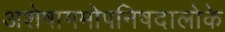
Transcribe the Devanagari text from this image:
अशेषागमोपनिषदालोके